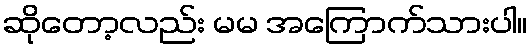
ဆိုတော့လည်း မမ အကြောက်သားပါ။